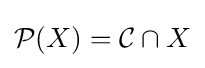
{\mathcal {P}}(X)={\mathcal {C}}\cap X